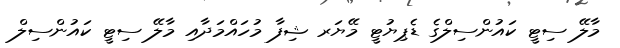
މާލޭ ސިޓީ ކައުންސިލްގެ ޑެޕިޔުޓީ މޭޔަރ ޝިފާ މުހައްމަދާއި މާލޭ ސިޓީ ކައުންސިލް